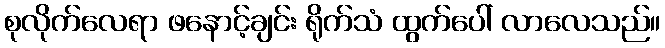
စုလိုက်လေရာ ဖနောင့်ချင်း ရိုက်သံ ထွက်ပေါ် လာလေသည်။